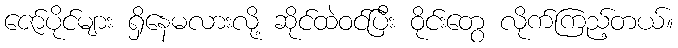
ဇော်ပိုင်များ ရှိနေမလားလို့ ဆိုင်ထဲဝင်ပြီး ဝိုင်းတွေ လိုက်ကြည့်တယ်။